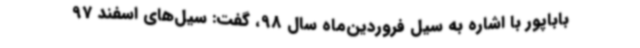
باباپور با اشاره به سیل فروردین‌ماه سال 98، گفت: سیل‌های اسفند 97